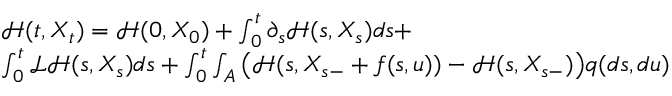
\begin{array} { r l } & { { \mathcal H } ( t , X _ { t } ) = { \mathcal H } ( 0 , X _ { 0 } ) + \int _ { 0 } ^ { t } \partial _ { s } { \mathcal H } ( s , X _ { s } ) d s + } \\ & { \int _ { 0 } ^ { t } \mathcal { L } \mathcal { H } ( s , X _ { s } ) d s + \int _ { 0 } ^ { t } \int _ { A } \big ( { \mathcal H } ( s , X _ { s - } + f ( s , u ) ) - { \mathcal H } ( s , X _ { s - } ) \big ) q ( d s , d u ) } \end{array}